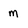
Character: m